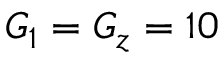
G _ { 1 } = G _ { z } = 1 0